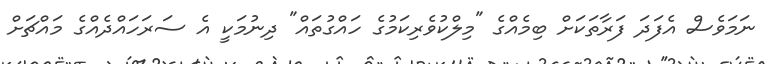
ނަމަވެސް އެފަދަ ފަރާތަކަށް ބިމެއްގެ "މިލްކުވެރިކަމުގެ ހައްގުތައް" ދިނުމަކީ އެ ސަރަހައްދެއްގެ މައްޗަށް